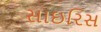
સાઇરિસ